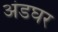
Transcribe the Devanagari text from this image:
अंडघर